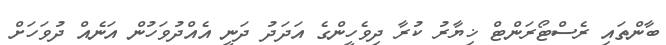
ބާންތައި ރެސްޓޯރަންޓް ޚިޔާރު ކުރާ ދިވެހީންގެ އަދަދު ދަނީ އެއްދުވަހުން އަނެއް ދުވަހަށް